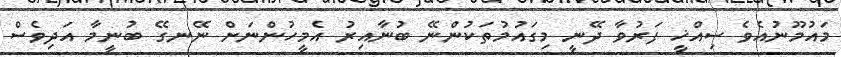
މައުމޫނުއެވެ ސިއްޚީ ފަރުވާ ދޭނީ މިގައުމުތަކުންނޭ ބުނާއިރު އެމީހުންނަށް ނޭނގޭ ބުނީމާ އަދިވެސް